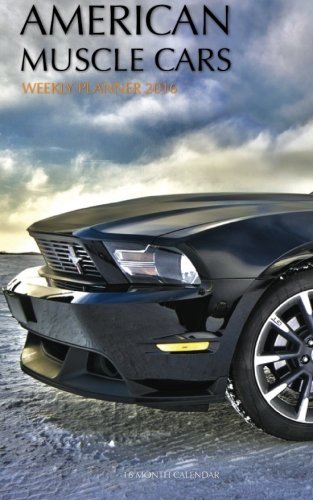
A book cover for American Muscle Cars Weekly Planner 2016: 16 Month Calendar; Smith Smith; Calendars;